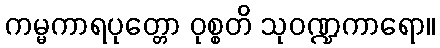
ကမ္မကာရပုတ္တော ဝုစ္စတိ သုဝဏ္ဍကာရော။